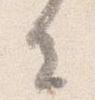
去